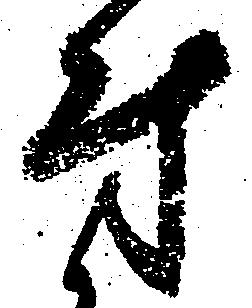
付